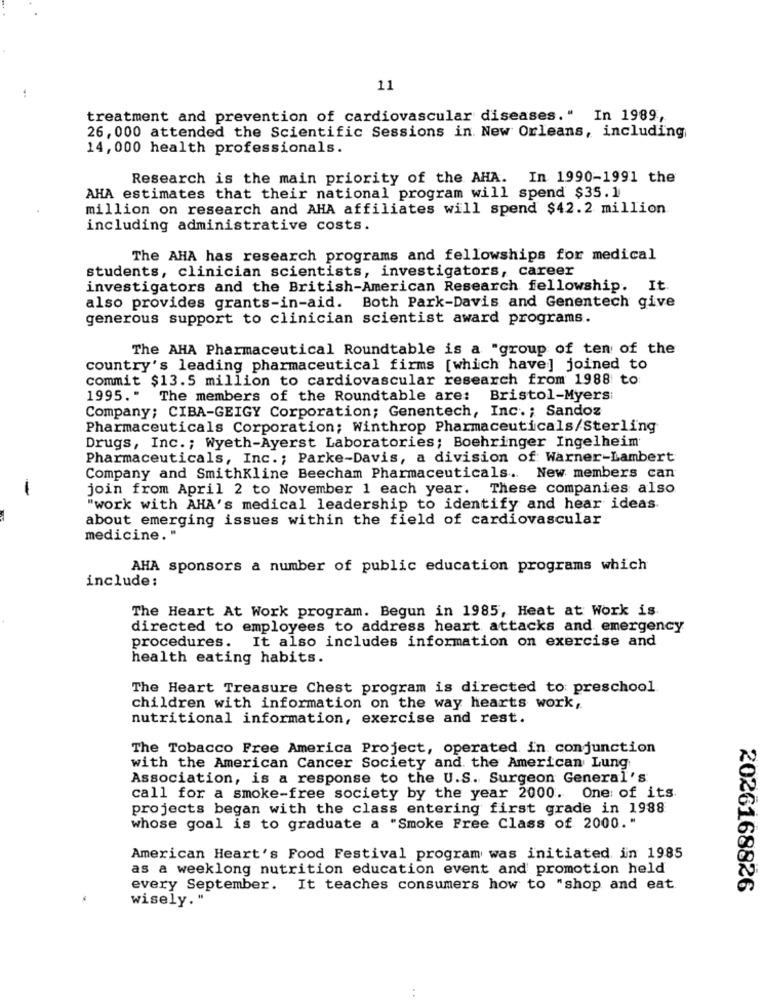
11
treatment and prevention of cardiovascular diseases." In 1989,
26, 000 attended the Scientific Sessions in. New Orleans, including
14,000 health professionals.
Research is the main priority of the AHA. In 1990-1991 the
AHA estimates that their national program will spend $35.1
million on research and AHA affiliates will spend $42.2 million
including administrative costs.
The AHA has research programs and fellowships for medical
students, clinician scientists, investigators, career
investigators and the British-American Research fellowship. It.
also provides grants-in-aid. Both Park-Davis and Genentech give
generous support to clinician scientist award programs.
The AHA Pharmaceutical Roundtable is a "group of ten of the
country's leading pharmaceutical firms [which have] joined to
commit $13.5 million to cardiovascular research from 1988 to
1995." The members of the Roundtable are:
Bristol-Myers:
Company; CIBA-GEIGY Corporation; Genentech, Inc .; Sandoz
Pharmaceuticals Corporation; Winthrop Pharmaceuticals/Sterling
Drugs, Inc .; Wyeth-Ayerst Laboratories; Boehringer Ingelheim
Pharmaceuticals, Inc .; Parke-Davis, a division of: Warner-Lambert
Company and SmithKline Beecham Pharmaceuticals. New members can
-
join from April 2 to November 1 each year. These companies also
"work with AHA's medical leadership to identify and hear ideas
about emerging issues within the field of cardiovascular
medicine. "
AHA sponsors a number of public education programs which
include:
The Heart At Work program. Begun in 1985, Heat at Work is
directed to employees to address heart attacks and emergency
procedures. It also includes information on exercise and
health eating habits.
The Heart Treasure Chest program is directed to: preschool
children with information on the way hearts work,
nutritional information, exercise and rest.
The Tobacco Free America Project, operated in conjunction
with the American Cancer Society and the American Lung
Association, is a response to the U.S. Surgeon General's
call for a smoke-free society by the year 2000. One of its.
projects began with the class entering first grade in 1988
whose goal is to graduate a "Smoke Free Class of 2000."
American Heart's Food Festival program was initiated in 1985
as a weeklong nutrition education event and promotion held
every September. It teaches consumers how to "shop and eat
2026168826
wisely."